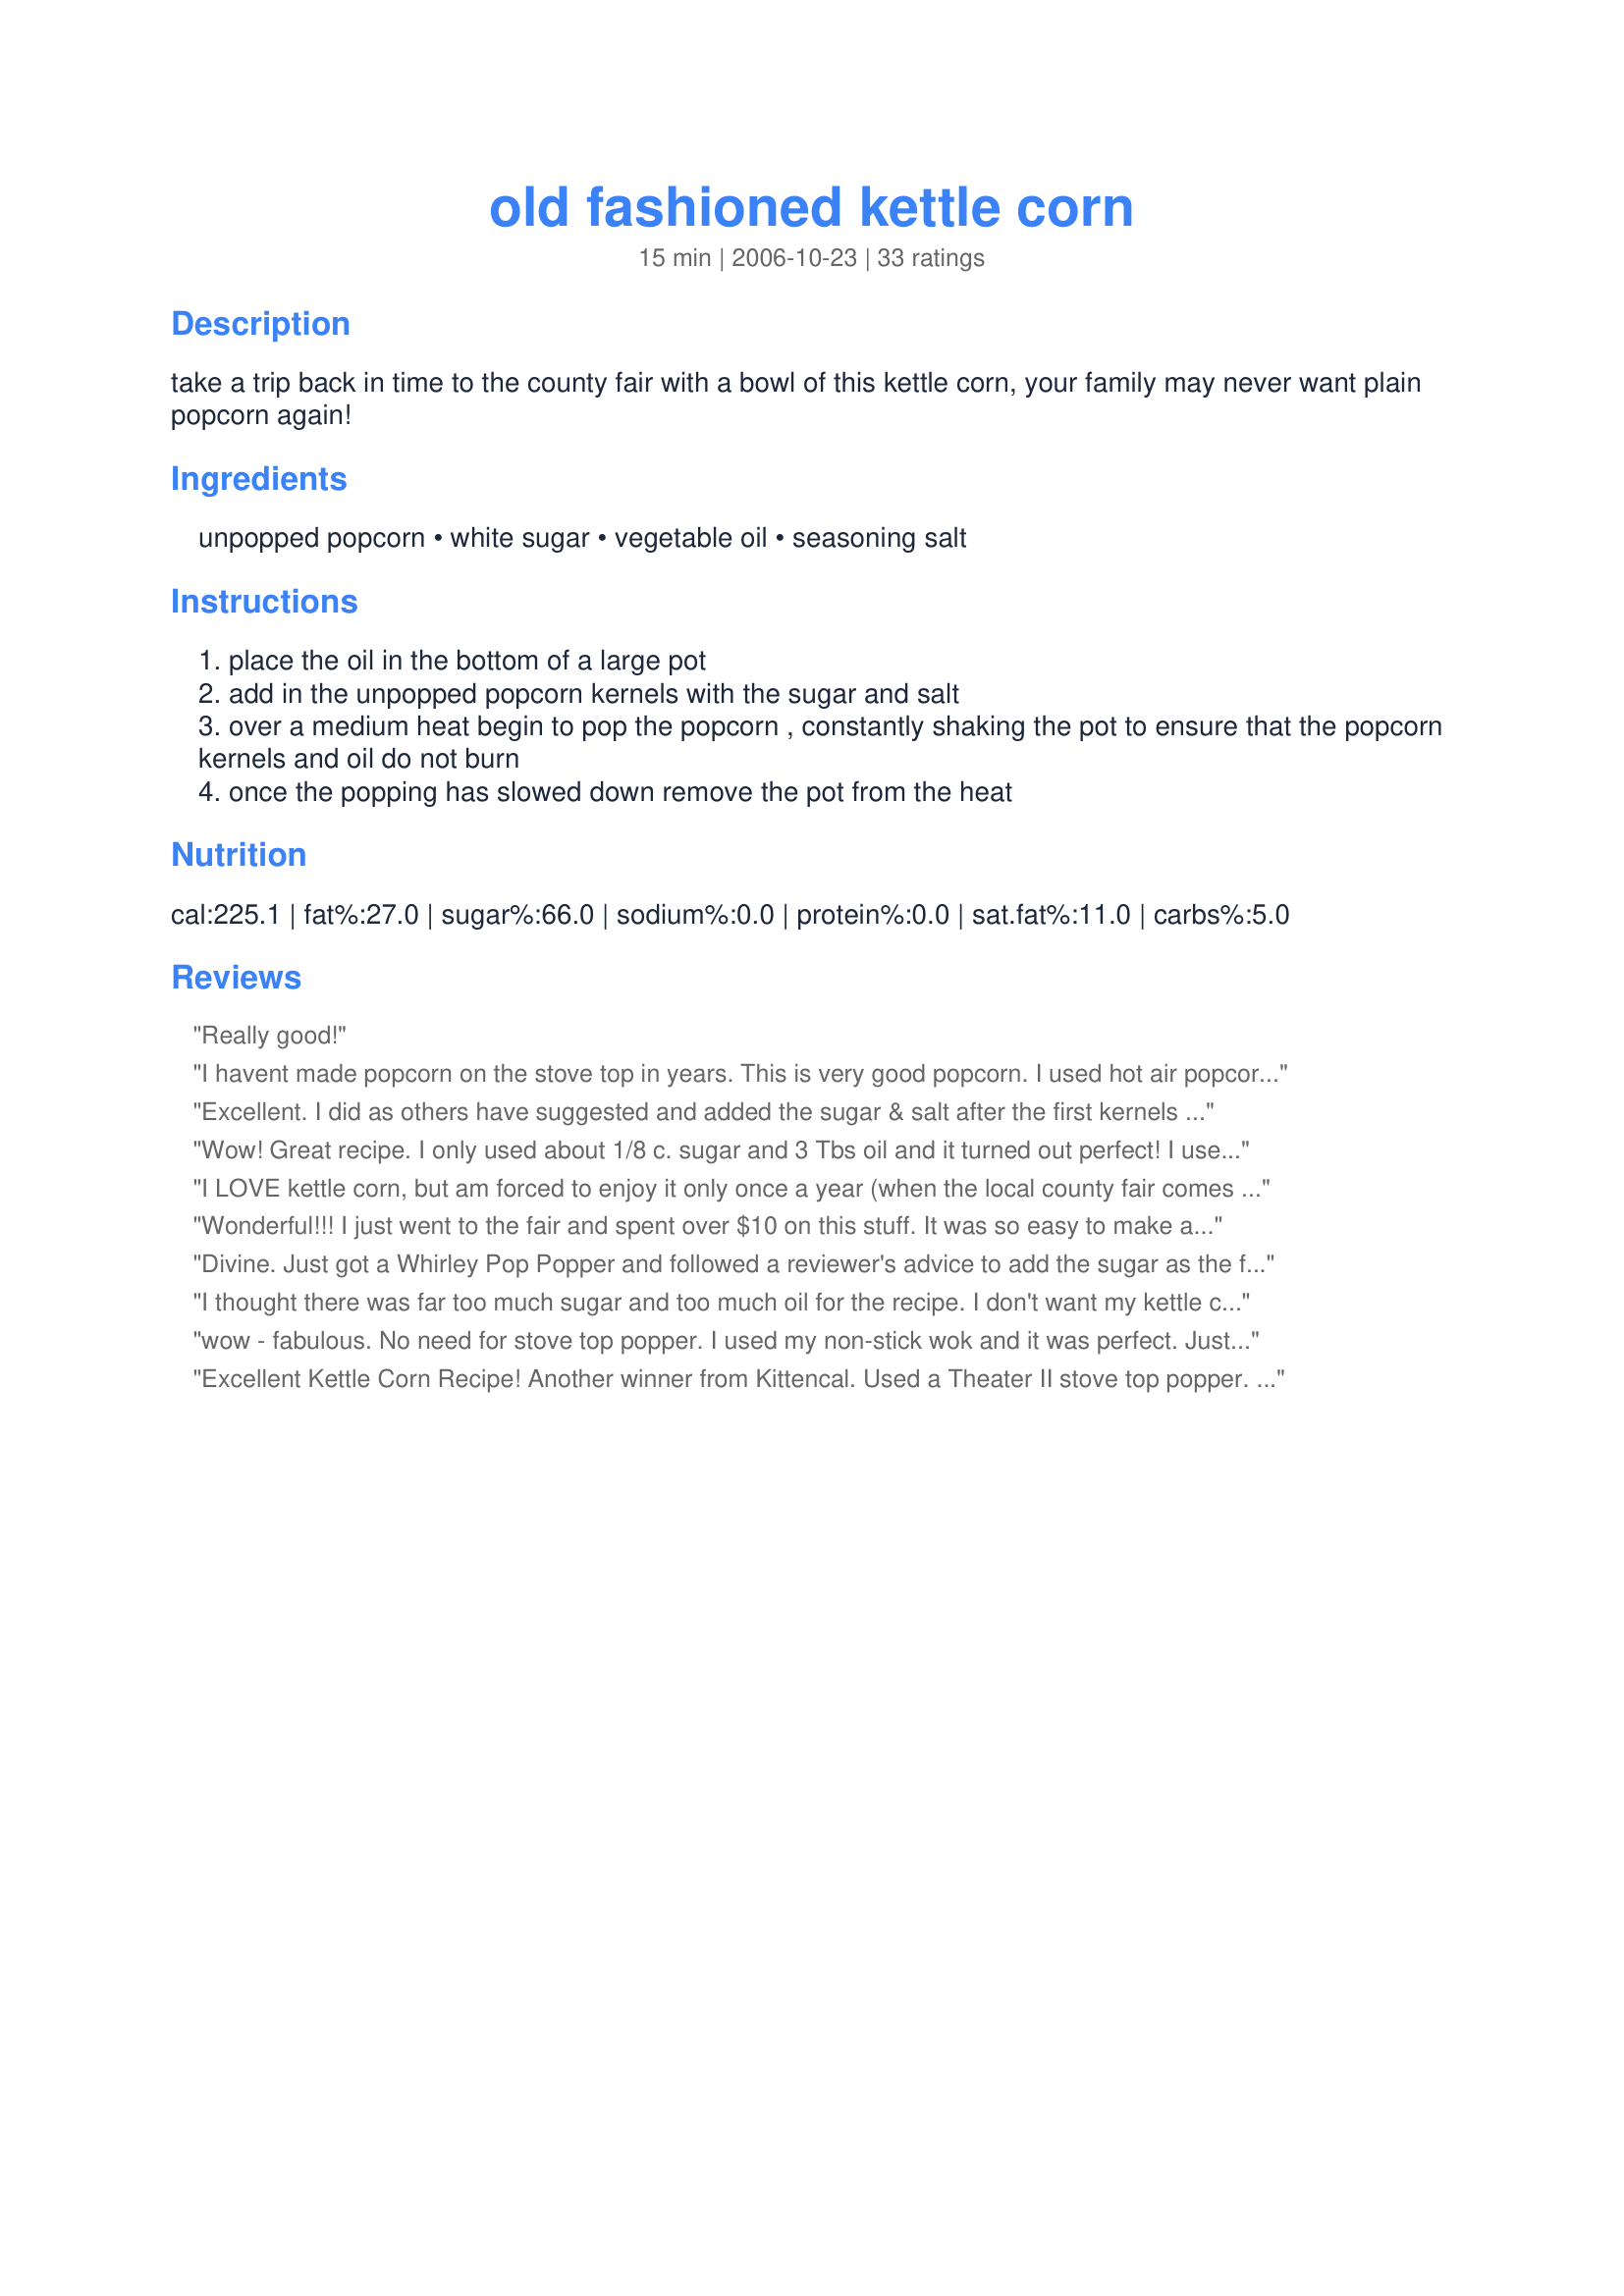
old fashioned kettle corn
Preparation time: 15 minutes

take a trip back in time to the county fair with a bowl of this kettle corn, your family may never want plain popcorn again!

Ingredients:
unpopped popcorn, white sugar, vegetable oil, seasoning salt

Steps:
place the oil in the bottom of a large pot
add in the unpopped popcorn kernels with the sugar and salt
over a medium heat begin to pop the popcorn , constantly shaking the pot to ensure that the popcorn kernels and oil do not burn
once the popping has slowed down remove the pot from the heat

Reviews:
Really good!
I havent made popcorn on the stove top in years. This is very good popcorn. I used hot air popcorn seeds because thats all I had, it worked out great. Not to sweet. I love old fashion kettle corn and now I dont have to buy it I can make it at home the old fashion way. I plan on making your caramel corn and this one as gifts for the holidays, thanks Kitten for a trip down memory lane!
Excellent. I did as others have suggested and added the sugar & salt after the first kernels started to pop. I had no problems with burning.
Wow! Great recipe. I only used about 1/8 c. sugar and 3 Tbs oil and it turned out perfect! I used my stove top popper and did as recommended by others and shook the pan around every 15 seconds or so to keep the sugar from burning. I also needed my heat to be at medium-high before they would start popping.
I LOVE kettle corn, but am forced to enjoy it only once a year (when the local county fair comes to town). I never thought about making it at home, but when I searched for a recipe, I was *ecstatic* to find that Kittencal had posted her recipe (for those of you who don't know, her recipes are all 5 stars +). This is SO good! The microwave kettle corn is horrible...not crunchy or salty enough, but THIS recipe is about as close as what you can get at the county fair. THANK YOU! :)
Wonderful!!! I just went to the fair and spent over $10 on this stuff. It was so easy to make and tasted better. I waited for the corn to start to pop before I added the sugar and I also had a stove top popper so I had no burnt pieces. We will be making this again soon.
Divine. Just got a Whirley Pop Popper and followed a reviewer's advice to add the sugar as the first kernel popped. Came out great. This is nice and light. Thanks!
I thought there was far too much sugar and too much oil for the recipe. I don't want my kettle corn sticky. With this much sugar is was closer to carmel corn than it was kettle corn. I plan to make again but only use 1/8 cup of sugar and probably less oil as well. I plan to add the sugar after a few minutes of shaking (just before the kernals pop). Mine didn't burn, but I don't want it carmelized, either.
wow - fabulous. No need for stove top popper. I used my non-stick wok and it was perfect. Just shook it over the flame. Also added a shake of cayenne pepper when adding salt and sugar for a little kick. Wonderful
Excellent Kettle Corn Recipe! Another winner from Kittencal. Used a Theater II stove top popper. Took it off too late the second time and had some slightly burnt pieces. Better to have a few old maids than to burn it.
Thanks Kittencal! Much cheaper and tastier than what you can buy in the microwavable bags!
Hot, fresh, kettle corn AT MY HOUSE anytime I want it?! Awesome!! Just made this with my stove top popper (that I have never used before) and I love it! My family is ecstatic, our mouths are happy and we have hot, fresh, kettle corn for our movie! Cheers! (does happy dance) :) **Forgot to add that to prevent the sugar from burning while the corn popped I did about about 8 turns or so of the popper handle then about 5 vigorous shakes, repeat. I don't think the stirring mechanism on the bottom of the popper is adequate enough to keep the sugar from burning. Happy Popping!
This was really yummy! My only complaint is that it came out too sweet for my tastes, so when I make it again I will use a bit less sugar. Mine did burn a little bit, but I guess it takes a little practice to get it just perfect. Thanks for the recipe :)
Very good. I will use more salt next time, but it was still really nice. Thank you!
Wonderful! Delicious and easy. I had tried another recipe on the site for gooey carmel popcorn, but I prefer the crunchy version from this recipe. I put the lid on the pot to speed up the popping and my three year old loved watching the kernels pop up.
THANKS so much for a fabulous recipe - who would know it's so easy. I've got an old fashioned hand crank popper so this was very easy. We did salt it for a sweet & salty contrast. Thanks for the keeper.
I LOVE this recipe!! I always put the sugar in when the other kernels start to pop and the salt is a must! I also clean the pan (I think a Whirley-Pop is the only way to go with this) if I am going to make a second batch.
This recipe is so delicious! I don't have a stove top popcorn popper, so I get a lot of burned pieces, but it is still really good.
I thought about it, but there was no way I was gonna make just half of this recipe & instead doubled it for the 2 of us! This was my first trip down 'kettle-corn lane' but my other half has had it before! VERY, VERY TASTY & very much worth making again! Many thanks! [Tagged, made & reviewed in the I Recommend tag game]
I used 3 tablespoons of coconut oil instead of vegetable. I also added 1/4 teaspoon of popcorn butter flavoring to sugar/salt mixture. I added the mixture with my popcorn once my test kernel popped and mixed well before covering. I also used a wok which prevented much burning due to low heat surface area. Popcorn came out with a buttery salty and sweet slightly candy coating.
I loved it and so did my kids. I added a little red food coloring to the sugar oil mixture to make it "pretty" for my little girls. I think the secret to not burning is to all the oil, then pop corn then just before it pops the sugar and stir stir stir!
The stovetop crank popper (whirypop, detonator, etc.) makes this recipe a no-brainer. I use a little less oil, but otherwise follow the recipe exactly as written. The amount of salt is just enough for me (although DH tells me I should add a little more). I do my kettle corn at medium-high heat and haven't gotten a single scorched kernel yet. This is great stuff!
oh wow!! this was wonderful!! i was skeptical that i could make kettle corn as awesome as any vender at a fair...but it worked and it was awesome! thank you so much. now i can make kettle corn anytime i want! thanks for another keeper!!
Oh. My. Goodness! This is as good as any kettle corn as any I've had! I cut the amounts in half and got a huge serving. Let three or four kernels pop before adding the rest of the kernels, salt,and sugar. Pop as normal, then enjoy!
Perfect! No adjustments needed! I used a stovetop popper too, which worked great. I just made sure to crank it from the beginning instead of waiting for it to start popping. I am so addicted.
So wonderful and so easy! I used expeller-pressed canola oil in my stovetop crank popper (one little gadget that is well worth the storage space)and added the sugar after the first kernel popped. Perfectly popped and crunchy, and perfectly coated with just the right amount of sweetness. The whole family loved it! As easy as the microwave stuff, but SO much better tasting and healthier. Thanks, Kitten, for sharing the recipe!
Yummy with a Capital Y! Thank you Kittencal for another WONDERFUL recipe! Used an old-fashioned "whirly" popper to make. Cut oil (Canola) down to 1/8 c. and waited for a single kernel of corn to pop before adding 1/2c. corn, 1/4 c. sugar, and 1/4 t. white salt. Perfection! My family thinks I'm a hero for bringing the Kettle Corn taste formerly reserved for fairs into our home! And I'm happy 'cause it's an easy to make, healthy snack!
Oh yum! I halved the recipe and it was just perfect for me while watching Fringe on TV. Thanks Kit! Made for Zaar Stars game.
Delicious! My family loves kettle corn and I am thrilled to be able to finally make it at home. This recipe has the perfect proportion of sugar/ salt ( I used table salt), that my family prefers. I made this in my Whirly Pop stovetop popcorn popper and didn't have a single burnt kernel. I preheated my electric stove to the mark on the dial between "medium" and "med-high". I added the oil and popcorn to the pan and put it on the burner; I stirred "slowly" constantly. Once the 1st kernel popped, I added the sugar and salt all at once. I then stirred "fast" constantly. When the popping slowed, I removed the pan from the heat. Thanks for a fabulous recipe...it is definitely a keeper!
*Made for Zaar Stars tag game*
I made this recipe for a second time. This time I popped half the popcorn with half the sugar, salt and oil at a time. I waited for the first few curnals to pop before adding the sugar and salt mixture. I used a stove top popper and stirred it all the time. Before doing the second batch, I washed the popper out so as to get all the sticky sugar out of it prior to doing the second batch. This way, I didn&#039;t get any burnt corn and all the popcorn popped. There was also room at the top so the popcorn wasn&#039;t stuffed to the lid. It is an excellent recipe and I will do it the same way next time so I don&#039;t get any burnt corn.
What a great recipe! I burnt a few of the kernels, but overall it turned out great! Next time, I will add the salt and sugar just when the first piece pops. I think it is too sludgy otherwise and that is why it burnt. I will also add more salt. Thanks for posting!
This is the best Kettle Corn I have had since our Craft Day at our High School!! It is wonderful to be able to make the same great flavored kettle corn here at home!! My husband and I preferred at little more salt. My Mother can't eat salt, so the original recipe was perfect for her.
This was very good and krispy popcorn. I did have a problem with the sugar mixture on the bottom of the pan burning, which got all over most of the popcorn when I was trying to mix in some extra salt. I might try someone elses recommendation and put in the sugar mixture after it's started popping.
